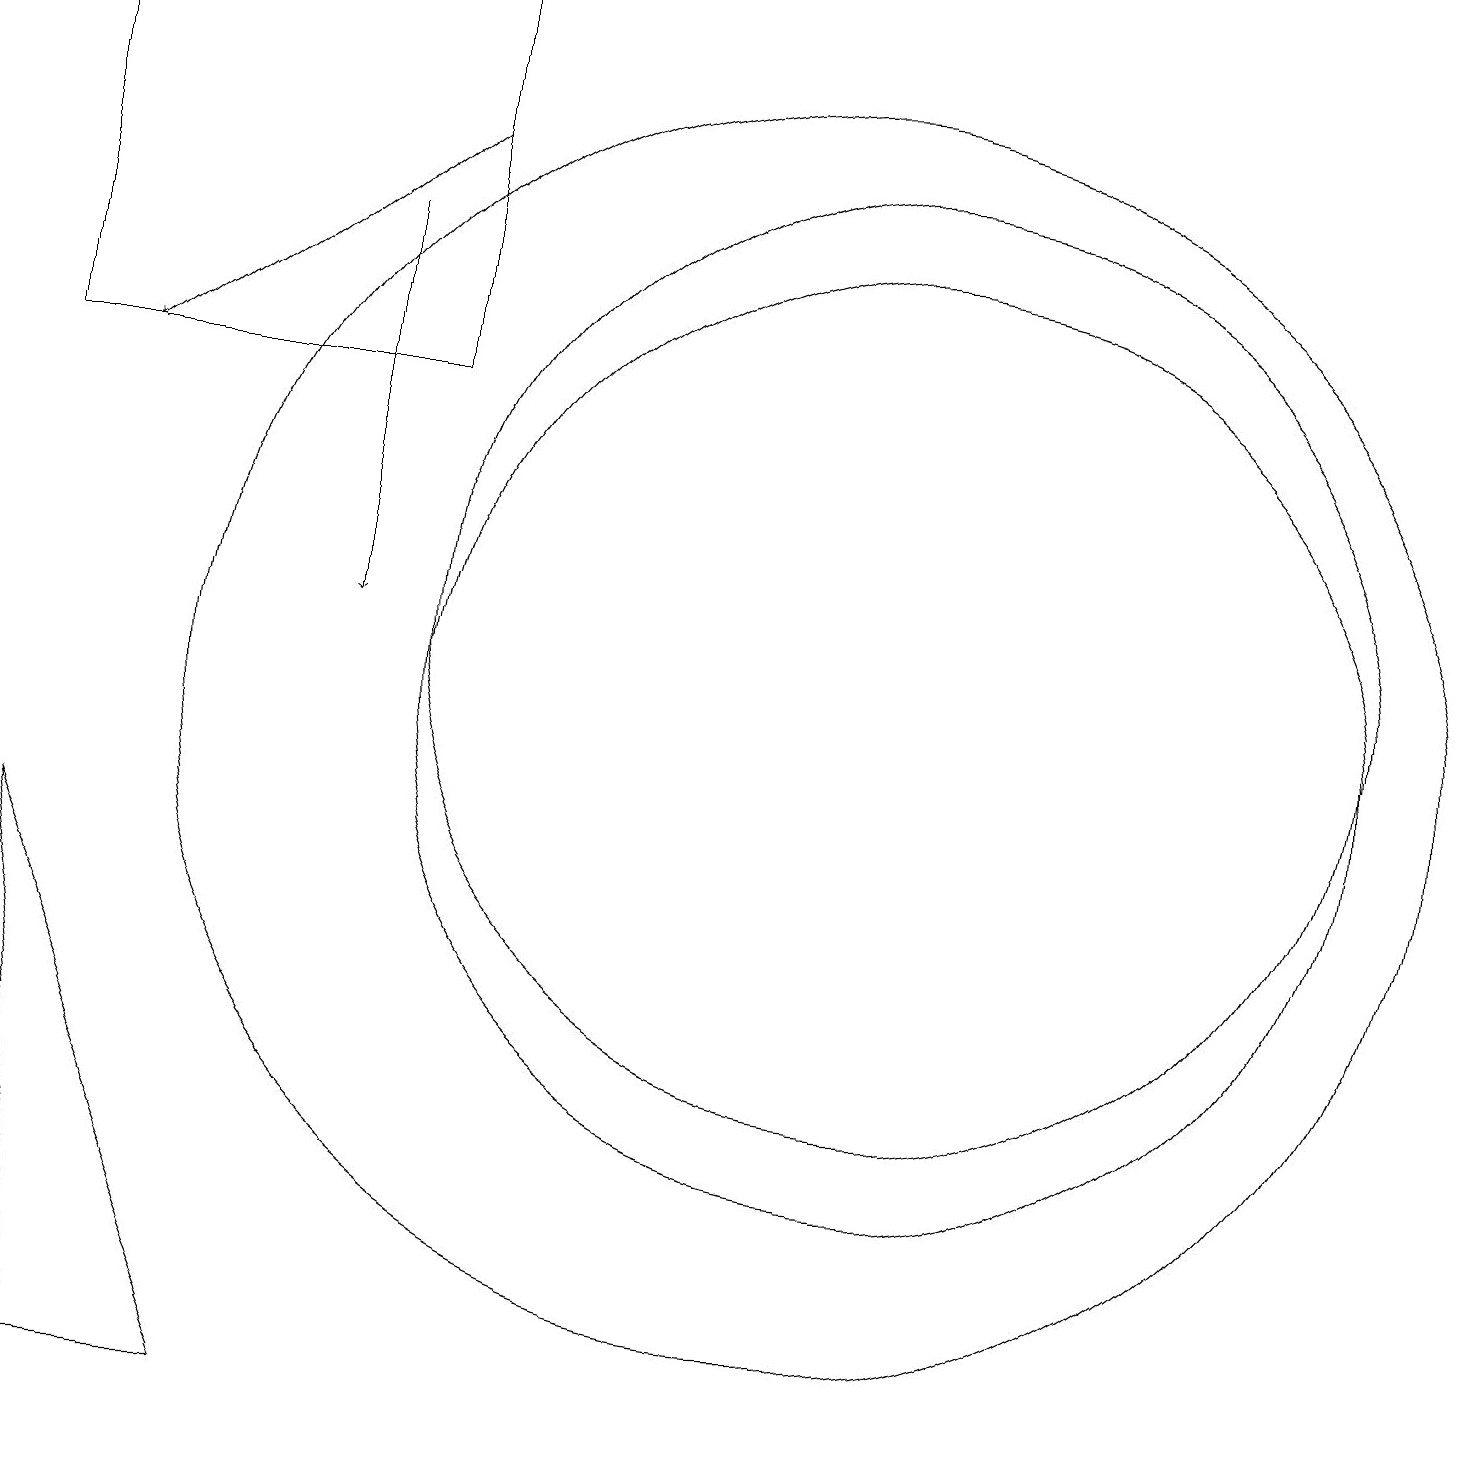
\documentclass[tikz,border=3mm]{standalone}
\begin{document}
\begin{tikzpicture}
\draw (11,10) circle (6);
\draw (11,11) circle (6);
\draw[->] (5,17) -- (1,14);
\draw (5,14) rectangle (0,19);
\draw (10,10) circle (8);
\draw (3,1) -- (0,8) -- (1,1) -- cycle;
\draw[->] (4,16) -- (4,11);
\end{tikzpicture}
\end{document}